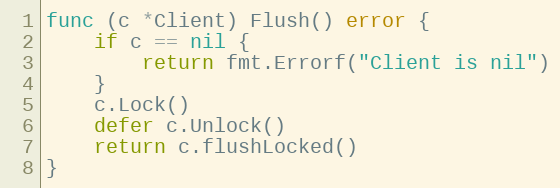
Language: Go
func (c *Client) Flush() error {
	if c == nil {
		return fmt.Errorf("Client is nil")
	}
	c.Lock()
	defer c.Unlock()
	return c.flushLocked()
}